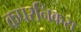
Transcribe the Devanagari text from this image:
कपरनिकस